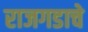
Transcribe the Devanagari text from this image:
राजगडाचे